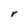
Character: r